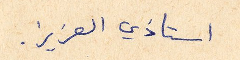
استاذي العزيز.